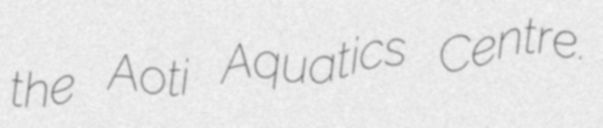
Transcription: the Aoti Aquatics Centre.